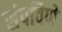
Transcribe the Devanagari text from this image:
संपविणे